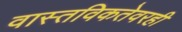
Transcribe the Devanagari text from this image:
वास्तविकतेवरही